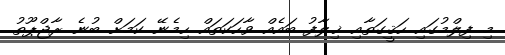
މި ފިލްމުގައި ހަޤީގަތާއި ޚިލާފު ބައެއް ވާހަކަތައް ހިމެނޭ ކަމަށް ބުނެ ރާޖްޕޫތު